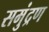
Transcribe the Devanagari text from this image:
समुंद्रण